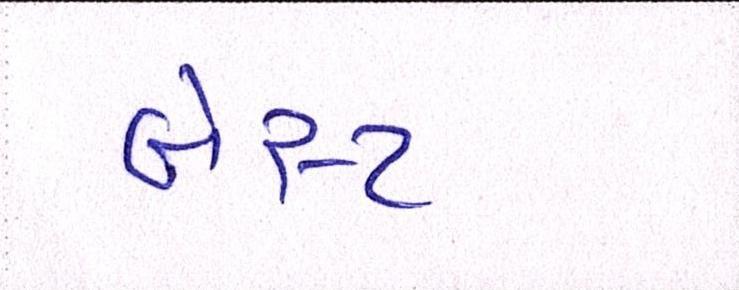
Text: બેસ્ટ